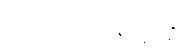
ဝိညာဏုပါဒါနက္ခန္ဓေ